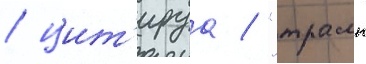
/ цит'ируа / "трамп